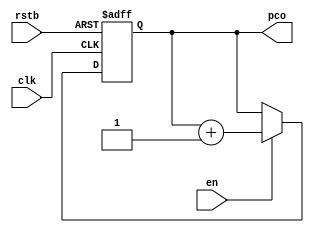
//////////////////////////////////////////////////////////////////////////////
//
// Copyright (c) 2010 Gandhi Puvvada, EE-Systems, VSoE, USC
//
// This design exercise, its solution, and its test-bench are confidential items.
// They are University of Southern California's (USC's) property. All rights are reserved.
// Students in our courses have right only to complete the exercise and submit it as part of their course work.
// They do not have any right on our exercise/solution or even on their completed solution as the solution contains our exercise.
// Students would be violating copyright laws besides the University's Academic Integrity rules if they post or convey to anyone
// either our exercise or our solution or their solution. 
// 
// THIS COPYRIGHT NOTICE MUST BE RETAINED AS PART OF THIS FILE (AND ITS SOLUTION AND/OR ANY OTHER DERIVED FILE) AT ALL TIMES.
//
//////////////////////////////////////////////////////////////////////////////
//
// A student would be violating the University's Academic Integrity rules if he/she gets help in writing or debugging the code 
// from anyone other than the help from his/her lab partner or his/her teaching team members in completing the exercise(s). 
// However he/she can discuss with fellow students the method of solving the exercise. 
// But writing the code or debugging the code should not be with the help of others. 
// One should never share the code or even look at the code of others (code from classmates or seniors 
// or any code or solution posted online or on GitHub).
// 
// THIS NOTICE OF ACADEMIC INTEGRITY MUST BE RETAINED AS PART OF THIS FILE (AND ITS SOLUTION AND/OR ANY OTHER DERIVED FILE) AT ALL TIMES.
//
//////////////////////////////////////////////////////////////////////////////



// Written by Jyoti Sachdeva, Gandhi Puvvada, July 18, 2010
 
// This design supports SUB3, ADD4, ADD1, and MOV instructions.
// It also supports carrying the complete 32-bit instruction through
// the pipeline to support reverse assembly and forming the Time-Space diagram.
//-------------------------
`timescale 1 ns / 100 ps
module pc (en,clk,rstb,pco);
input en,clk,rstb;
output reg [7:0] pco;
always @ (posedge clk, negedge rstb)
if (rstb == 1'b0)
begin
    pco <= 0;
end 
else if (en)
begin
    pco <= pco + 1;
end
endmodule // pc
//-------------------------
`timescale 1 ns / 100 ps
module ins_mem(a,d_out);
input [5:0]a;
output [31:0]d_out;
reg [31:0] memory [0:63];
assign d_out = memory[a];
endmodule // ins_mem
//-------------------------
`timescale 1 ns / 100 ps
module pipe_if_id_P1(rstb,clk,en,id_za,id_ya,id_xa,id_ra,run,instr_in,instr_out);
    input rstb,clk,en;
    input [31:0]instr_in;  output reg [31:0]instr_out;
    output reg [3:0] id_za,id_ya,id_xa,id_ra;
    output reg run;
    always @(posedge clk, negedge rstb)
	  begin
		if (rstb == 1'b0)
		  begin
			id_za<= 4'b0000;
			id_ya<= 4'b0000;
			id_xa<= 4'b0000;
			id_ra<= 4'b0000;
			run<= 0;
			instr_out <= 32'h00000000;
		  end
		else if (en)
		  begin
		   id_xa <= instr_in[3:0];
		   id_ya <= instr_in[7:4];
		   id_za <= instr_in[11:8];
		   id_ra <= instr_in[15:12] ;
		   run <= instr_in[31]; //  1 = ADD; 0 = NOP
		   instr_out <= instr_in;
		  end 
	  end
endmodule // pipe_if_id_P1
//-------------------------
`timescale 1 ns / 100 ps
module pipe_if_id_P3(rstb,clk,en,id_xa,id_ra,add1,add4,sub3,mov,instr_in,instr_out);
    input rstb,clk,en;
    input [31:0]instr_in; output reg [31:0]instr_out;
    output reg [3:0] id_xa,id_ra;
    output reg add1,add4,sub3,mov;
    always @(posedge clk, negedge rstb)
    if (rstb == 1'b0)
    begin
        id_xa<= 4'b0000;
        id_ra<= 4'b0000;
        add1<= 0;add4<= 0;sub3<= 0;mov<= 0;
		instr_out <= 32'h00000000;
    end
    else if (en)
    begin
       id_xa <= instr_in[3:0];
       id_ra <= instr_in[7:4] ;
       add1 <= instr_in[28]; //  instr_in[28] = 1 => ADD1;
       add4 <= instr_in[29]; //  instr_in[29] = 1 => ADD4;
       sub3 <= instr_in[30]; //  instr_in[30] = 1 => SUB3;
	   mov  <= instr_in[31]; //  instr_in[31] = 1 => MOV;
	   instr_out <= {instr_in[31:28],20'h00000,instr_in[7:0]};
    end  
endmodule // pipe_if_id_P3
//-------------------------
`timescale 1 ns / 100 ps
module register_file (r1a,r2a,r3a,wa,wd,reg_write,r1d,r2d,r3d,clk);
    input clk,reg_write;
	input [3:0]r1a,r2a,r3a,wa;
	input [15:0] wd;
    output[15:0] r1d,r2d,r3d;
    
    reg [15:0] reg_file [0:15] ;
    
	assign r1d = reg_file[r1a];
    assign r2d = reg_file[r2a];
    assign r3d = reg_file[r3a];
		
    always @(negedge clk)
    begin
        if (reg_write)
        begin
           reg_file[wa] <= wd;
        end
    end
// This register file writes in the middle of the clock
// (i.e. on the negative edges of the SYS_CLK) so that
// the internal forwarding becomes automatic.
endmodule // register_file
//-------------------------
`timescale 1 ns / 100 ps
module pipe_reg2(rstb,clk,en,
vec16_in1,vec16_in2,vec16_in3,vec16_out1,vec16_out2,vec16_out3,
vec4_in1,vec4_in2,vec4_out1,vec4_out2,
bit_in1,bit_in2,bit_in3,bit_in4,bit_in5,bit_in6,bit_out1,bit_out2,bit_out3,bit_out4,bit_out5,bit_out6,instr_in,instr_out);

input rstb,clk,en;
input [15:0] vec16_in1,vec16_in2,vec16_in3;
input [3:0] vec4_in1,vec4_in2;
input bit_in1,bit_in2,bit_in3,bit_in4,bit_in5,bit_in6;
output reg  [15:0] vec16_out1,vec16_out2,vec16_out3;
output reg [3:0] vec4_out1,vec4_out2;
output reg bit_out1,bit_out2,bit_out3,bit_out4,bit_out5,bit_out6;
input [31:0]instr_in; output reg [31:0]instr_out;

always @ (posedge clk, negedge rstb)
 begin
    if (rstb == 1'b0)
	  begin
		vec16_out1 <= 16'h0000;
		vec16_out2 <= 16'h0000;
		vec16_out3 <= 16'h0000;
		vec4_out1 <= 4'b0000; 
		vec4_out2 <= 4'b0000; 
		bit_out1 <= 1'b0;
		bit_out2 <= 1'b0;
		bit_out3 <= 1'b0;
		bit_out4 <= 1'b0;
		bit_out5 <= 1'b0;
		bit_out6 <= 1'b0;
		instr_out <= 32'h00000000;
      end
    else if (en)
	  begin
		vec16_out1 <= vec16_in1;
		vec16_out2 <= vec16_in2;
		vec16_out3 <= vec16_in3;
		vec4_out1 <= vec4_in1;
		vec4_out2 <= vec4_in2;
		bit_out1 <= bit_in1;
		bit_out2 <= bit_in2;
		bit_out3 <= bit_in3;
		bit_out4 <= bit_in4;
		bit_out5 <= bit_in5;	
		bit_out6 <= bit_in6;
		instr_out <= instr_in;		
	  end
 end
endmodule // pipe_reg2
//-------------------------
`timescale 1 ns / 100 ps
module comp_station_P1(ex2_ra,ex1_ra,id_za,id_xa,id_ya,zmex2,ymex2,xmex2,zmex1,ymex1,xmex1);
input [3:0] ex2_ra,ex1_ra,id_za,id_ya,id_xa ;
output reg  zmex2,ymex2,xmex2,zmex1,ymex1,xmex1;

always @(ex2_ra,ex1_ra,id_za,id_ya,id_xa) 
	begin: combinational_block
		// default assignments
		zmex2 <= 1'b0;
		ymex2 <= 1'b0;
		xmex2 <= 1'b0;
		zmex1 <= 1'b0;
		ymex1 <= 1'b0;
		xmex1 <= 1'b0;
		// conditional over-riding of the default assignments
		if (ex2_ra == id_za)	zmex2 <= 1'b1;
		if (ex1_ra == id_za)	zmex1 <= 1'b1;
		if (ex2_ra == id_ya)	ymex2 <= 1'b1;
		if (ex1_ra == id_ya)	ymex1 <= 1'b1;
		if (ex2_ra == id_xa)	xmex2 <= 1'b1;
		if (ex1_ra == id_xa)	xmex1 <= 1'b1;
	end
endmodule // comp_station_P1
//-------------------------
`timescale 1 ns / 100 ps
module comp_station_P3(ex2_ra,ex1_ra,id_xa,xmex2,xmex1);
input [3:0] ex2_ra,ex1_ra,id_xa ;
output reg  xmex2,xmex1;

always @(ex2_ra,ex1_ra,id_xa) 
	begin: combinational_block
		// default assignments
		xmex2 <= 1'b0;
		xmex1 <= 1'b0;
		// conditional over-riding of the default assignments
		if (ex2_ra == id_xa)	xmex2 <= 1'b1;
		if (ex1_ra == id_xa)	xmex1 <= 1'b1;
	end
endmodule // comp_station_P3
//-------------------------